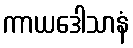
ကာယဒေါသာနံ